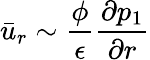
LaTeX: \bar{u}_{r}\sim\frac{\phi}{\epsilon}\frac{\partial p_{1}}{\partial r}